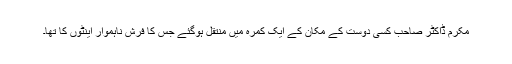
مکرم ڈاکٹر صاحب کسی دوست کے مکان کے ایک کمرہ میں منتقل ہوگئے جس کا فرش ناہموار اینٹوں کا تھا۔